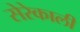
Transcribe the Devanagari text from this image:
सेरेकाली